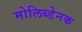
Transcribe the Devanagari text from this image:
मोलिब्डेनक